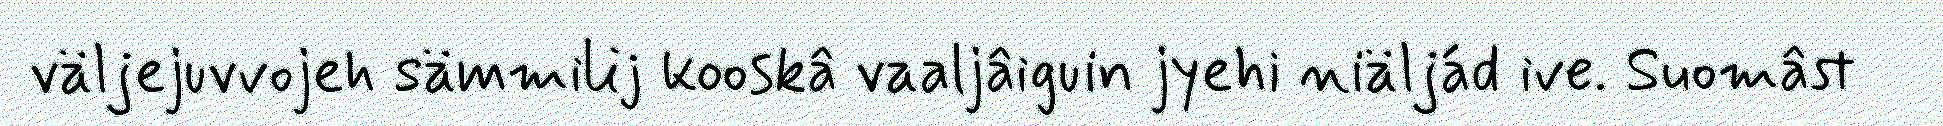
väljejuvvojeh sämmilij kooskâ vaaljâiguin jyehi niäljád ive. Suomâst